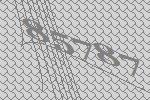
85787